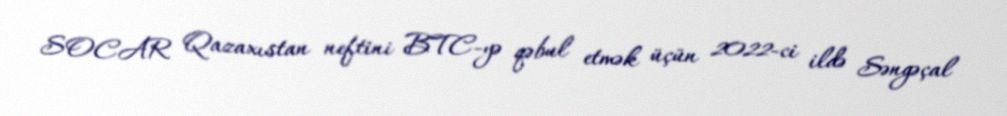
SOCAR Qazaxıstan neftini BTC-yə qəbul etmək üçün 2022-ci ildə Səngəçal